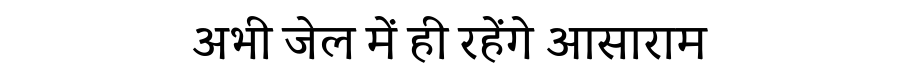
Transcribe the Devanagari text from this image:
अभी जेल में ही रहेंगे आसाराम